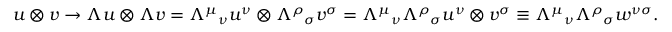
u \otimes v \rightarrow \Lambda u \otimes \Lambda v = { \Lambda ^ { \mu } } _ { \nu } u ^ { \nu } \otimes { \Lambda ^ { \rho } } _ { \sigma } v ^ { \sigma } = { \Lambda ^ { \mu } } _ { \nu } { \Lambda ^ { \rho } } _ { \sigma } u ^ { \nu } \otimes v ^ { \sigma } \equiv { \Lambda ^ { \mu } } _ { \nu } { \Lambda ^ { \rho } } _ { \sigma } w ^ { \nu \sigma } .